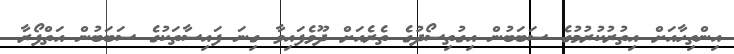
އިންތިހާއަށް އިތުރުކުރުމުގެ ސަބަބުން އިގުތިސޯދުގެ ތެރެއަށް ދޫވެފައިވާ ގިނަ ފައިސާތަކުގެ ސަބަބުން އަތްފޯރާ